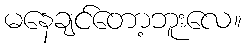
မနေချင်တော့ဘူးလေ။